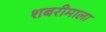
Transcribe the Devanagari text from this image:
शबरीमाला